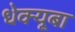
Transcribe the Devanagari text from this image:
धेक्यूबा